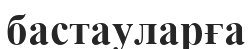
бастауларға